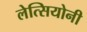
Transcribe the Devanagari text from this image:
लेत्सियोनी